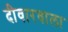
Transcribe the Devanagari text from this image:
दीवारवाला